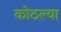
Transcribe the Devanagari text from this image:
कोठल्या